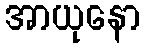
အာယုနော